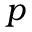
p